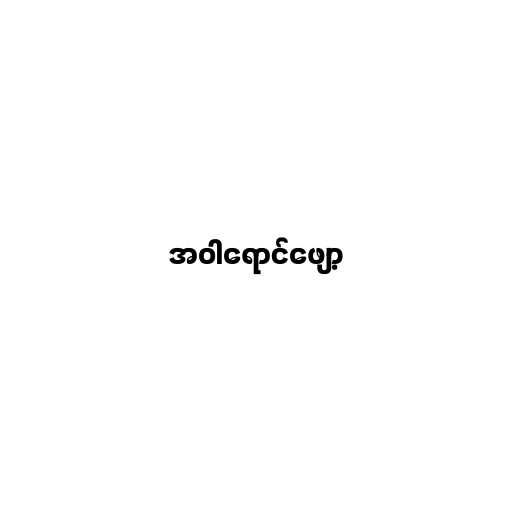
အဝါရောင်ဖျော့